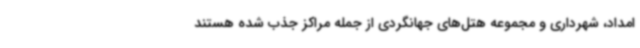
امداد، شهرداری و مجموعه هتل‌های جهانگردی از جمله مراکز جذب شده هستند